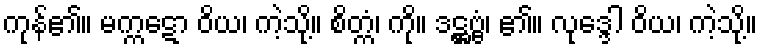
ကုန်၏။ မက္ကဋော ဝိယ၊ ကဲ့သို့။ စိတ္ကံ၊ ကို။ ဒဋ္ဌဗ္ဗံ၊ ၏။ လုဒ္ဒေါ ဝိယ၊ ကဲ့သို့။